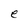
Character: e